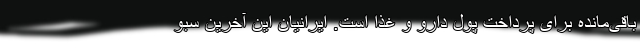
باقی‌مانده برای پرداخت پول دارو و غذا است. ایرانیان این آخرین سبو